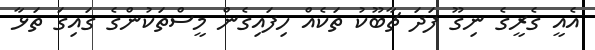
އެއީ ގެރީގެ ނިގޫ ފަދަ ޗާބޫކު ތަކެއް ހިފައިގެން މީސްތަކުންގެ ގައިގަ ތަޅާ